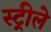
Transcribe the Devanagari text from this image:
स्ट्रीले